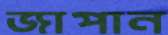
জাপান